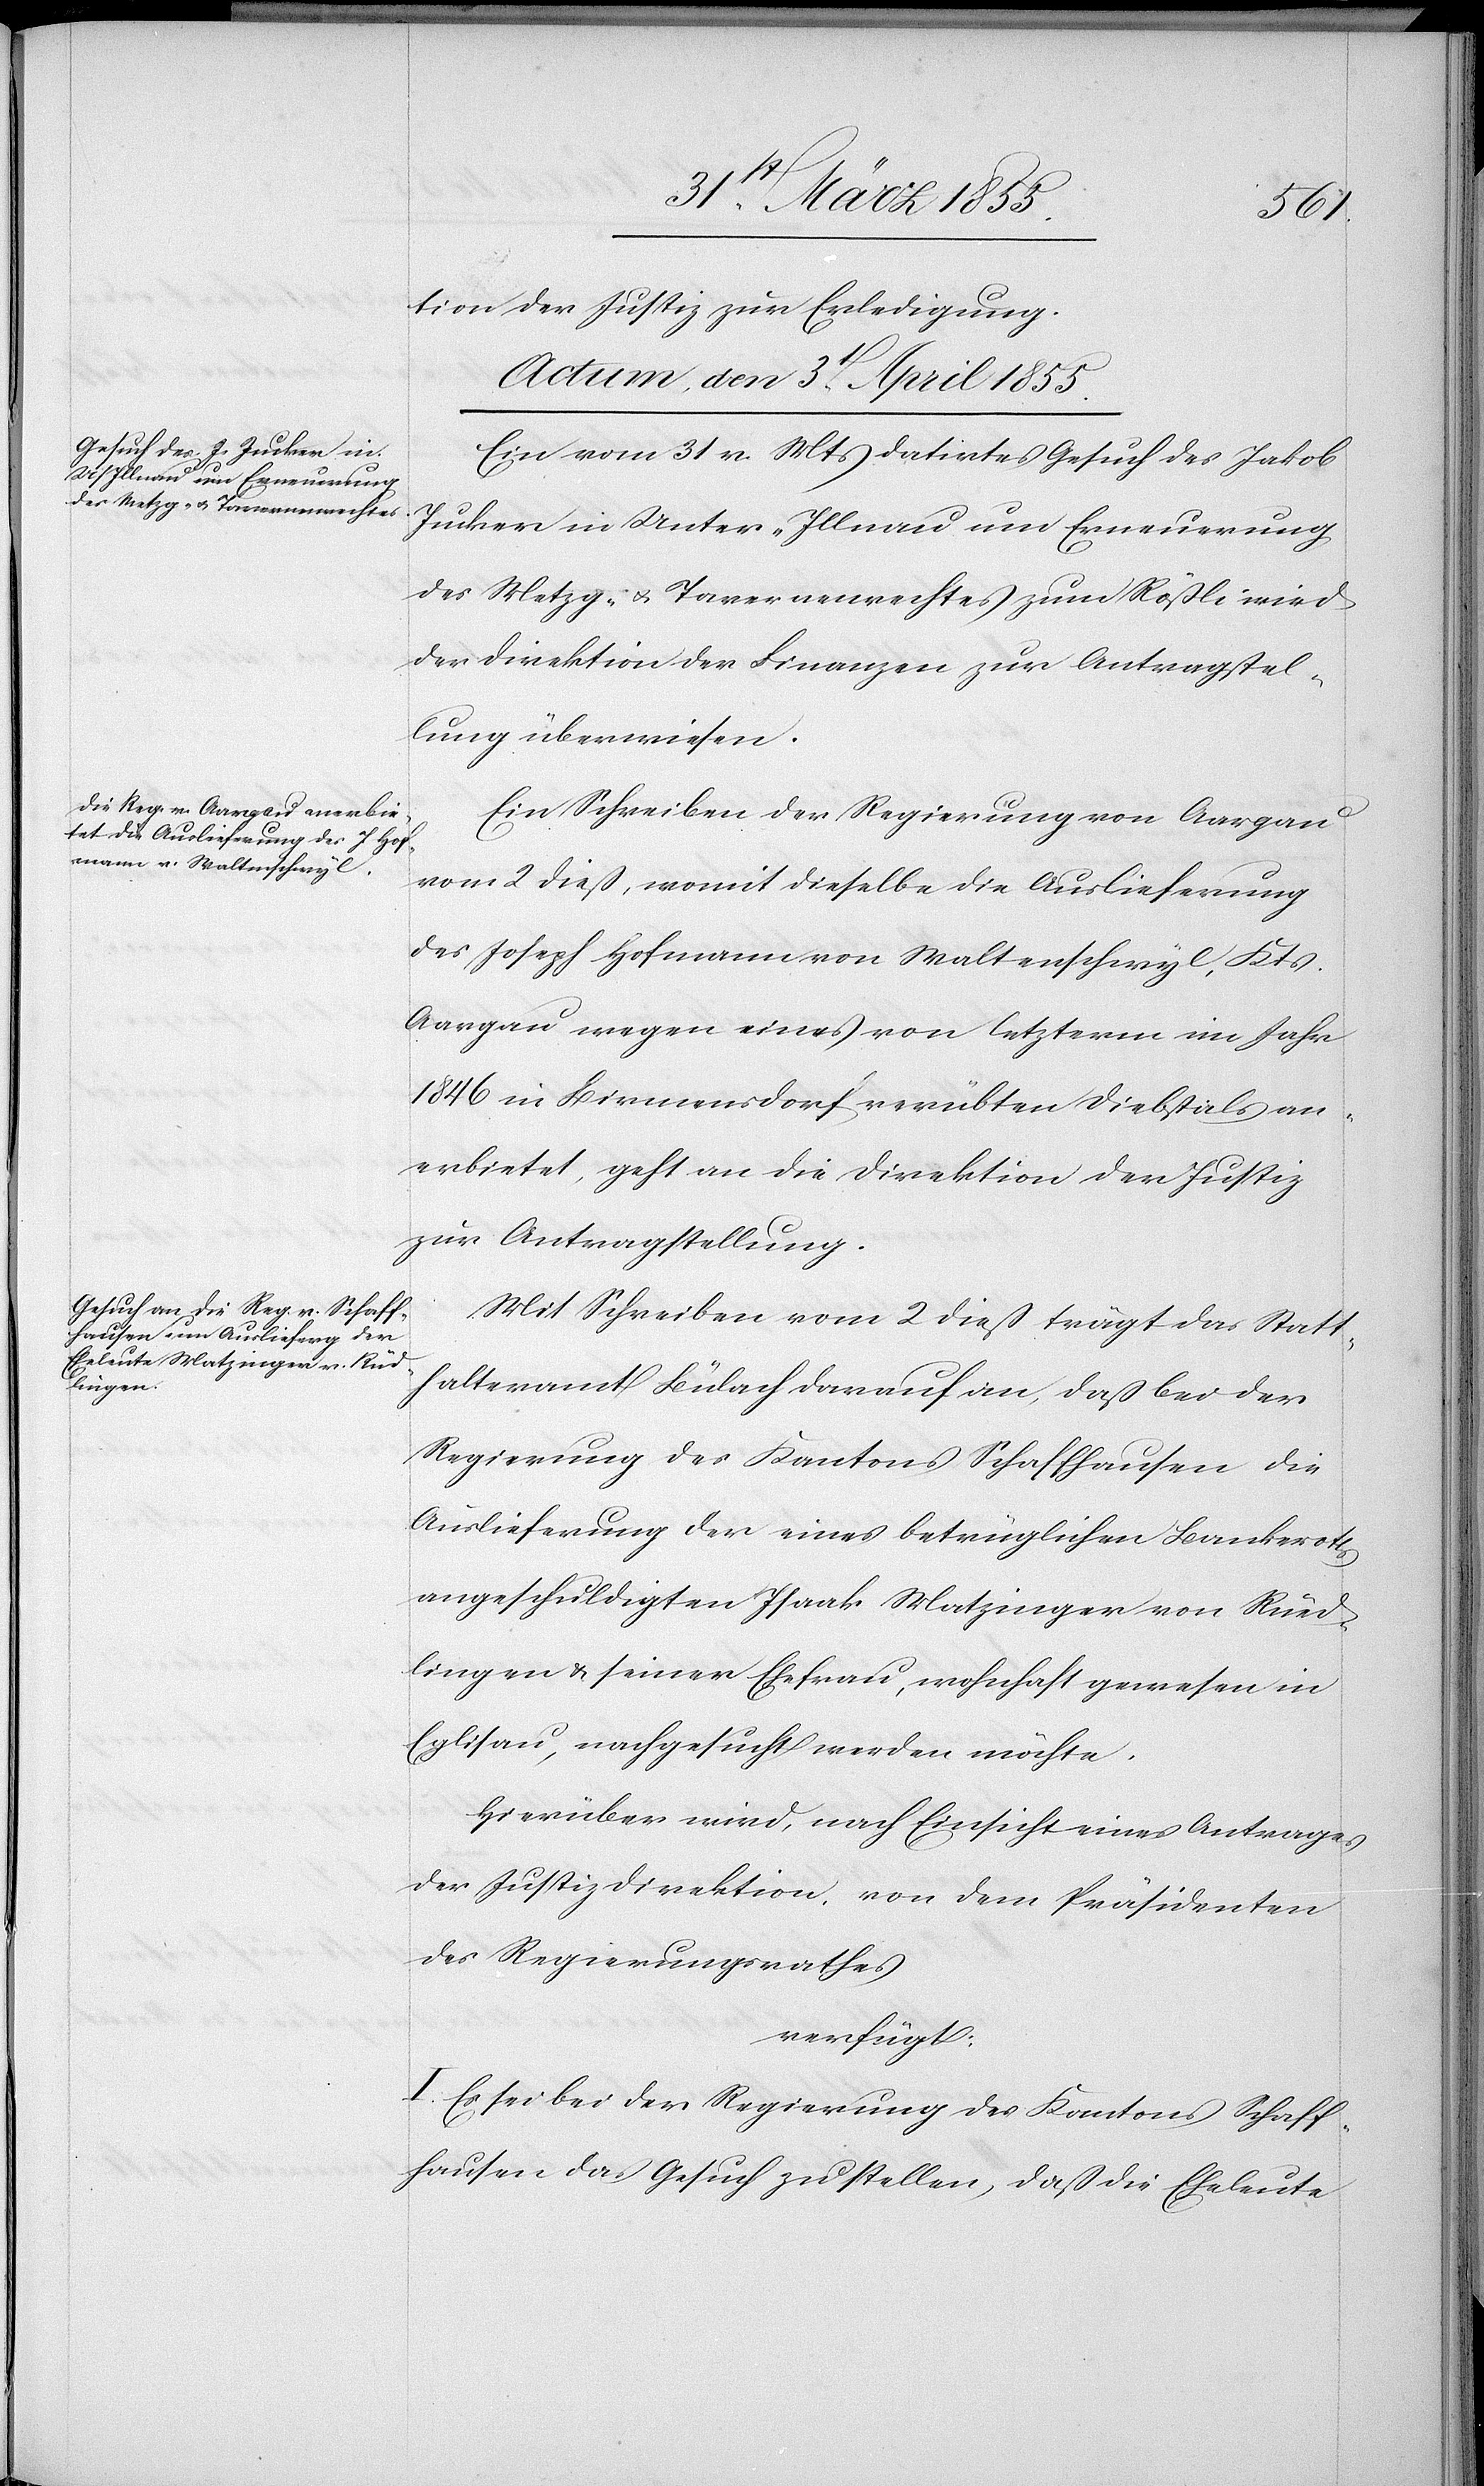
tion der Justiz zur Erledigung.
Actum, den 3t. April 1855.]
Ein vom 31 v. Mts datirtes Gesuch des Jakob
Jucker in Unter-Illnau um Erneuerung
des Metzg- & Tavernenrechtes zum Rößli wird
der Direktion der Finanzen zur Antragstel¬
lung überwiesen.
Ein Schreiben der Regierung von Aargau
vom 2 dieß, womit dieselbe die Auslieferung
des Joseph Hofmann von Waltenschwyl, Kts.
Aargau wegen eines von letzterm im Jahr
1846 in Birmensdorf verübten Diebstals an¬
erbietet, geht an die Direktion der Justiz
zur Antragstellung.
Mit Schreiben vom 2 dieß trägt das Statt¬
halteramt Bülach darauf an, daß bei der
Regierung des Kantons Schaffhausen die
Auslieferung der eines betrüglichen Bankerotts
angeschuldigten Isaak Matzinger von Rüed¬
lingen & seiner Ehefrau, wohnhaft gewesen in
Eglisau, nachgesucht werden möchte.
Hierüber wird, nach Einsicht eines Antrages
der Justizdirektion, von dem Präsidenten
des Regierungsrathes
verfügt:
I. Es sei bei der Regierung des Kantons Schaff¬
hausen das Gesuch zu stellen, daß die Eheleute